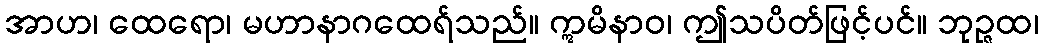
အာဟ၊ ထေရော၊ မဟာနာဂထေရ်သည်။ ဣမိနာဝ၊ ဤသပိတ်ဖြင့်ပင်။ ဘုဉ္ဇထ၊